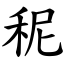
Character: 秜